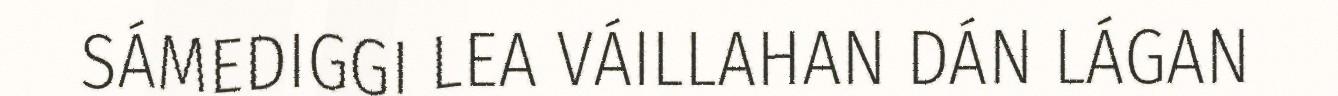
SÁMEDIGGI LEA VÁILLAHAN DÁN LÁGAN